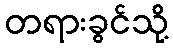
တရားခွင်သို့